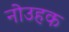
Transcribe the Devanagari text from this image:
नोउहक